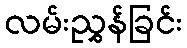
လမ်းညွှန်ခြင်း